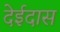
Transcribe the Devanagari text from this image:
देईदास